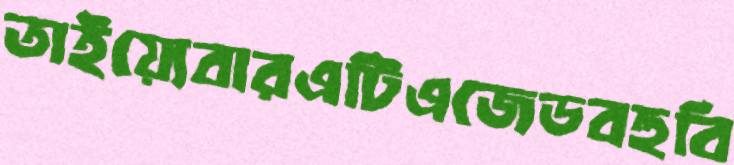
তাইয়্যেবারএটিএজেডবহুবি